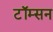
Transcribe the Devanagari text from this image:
टॉम्सन